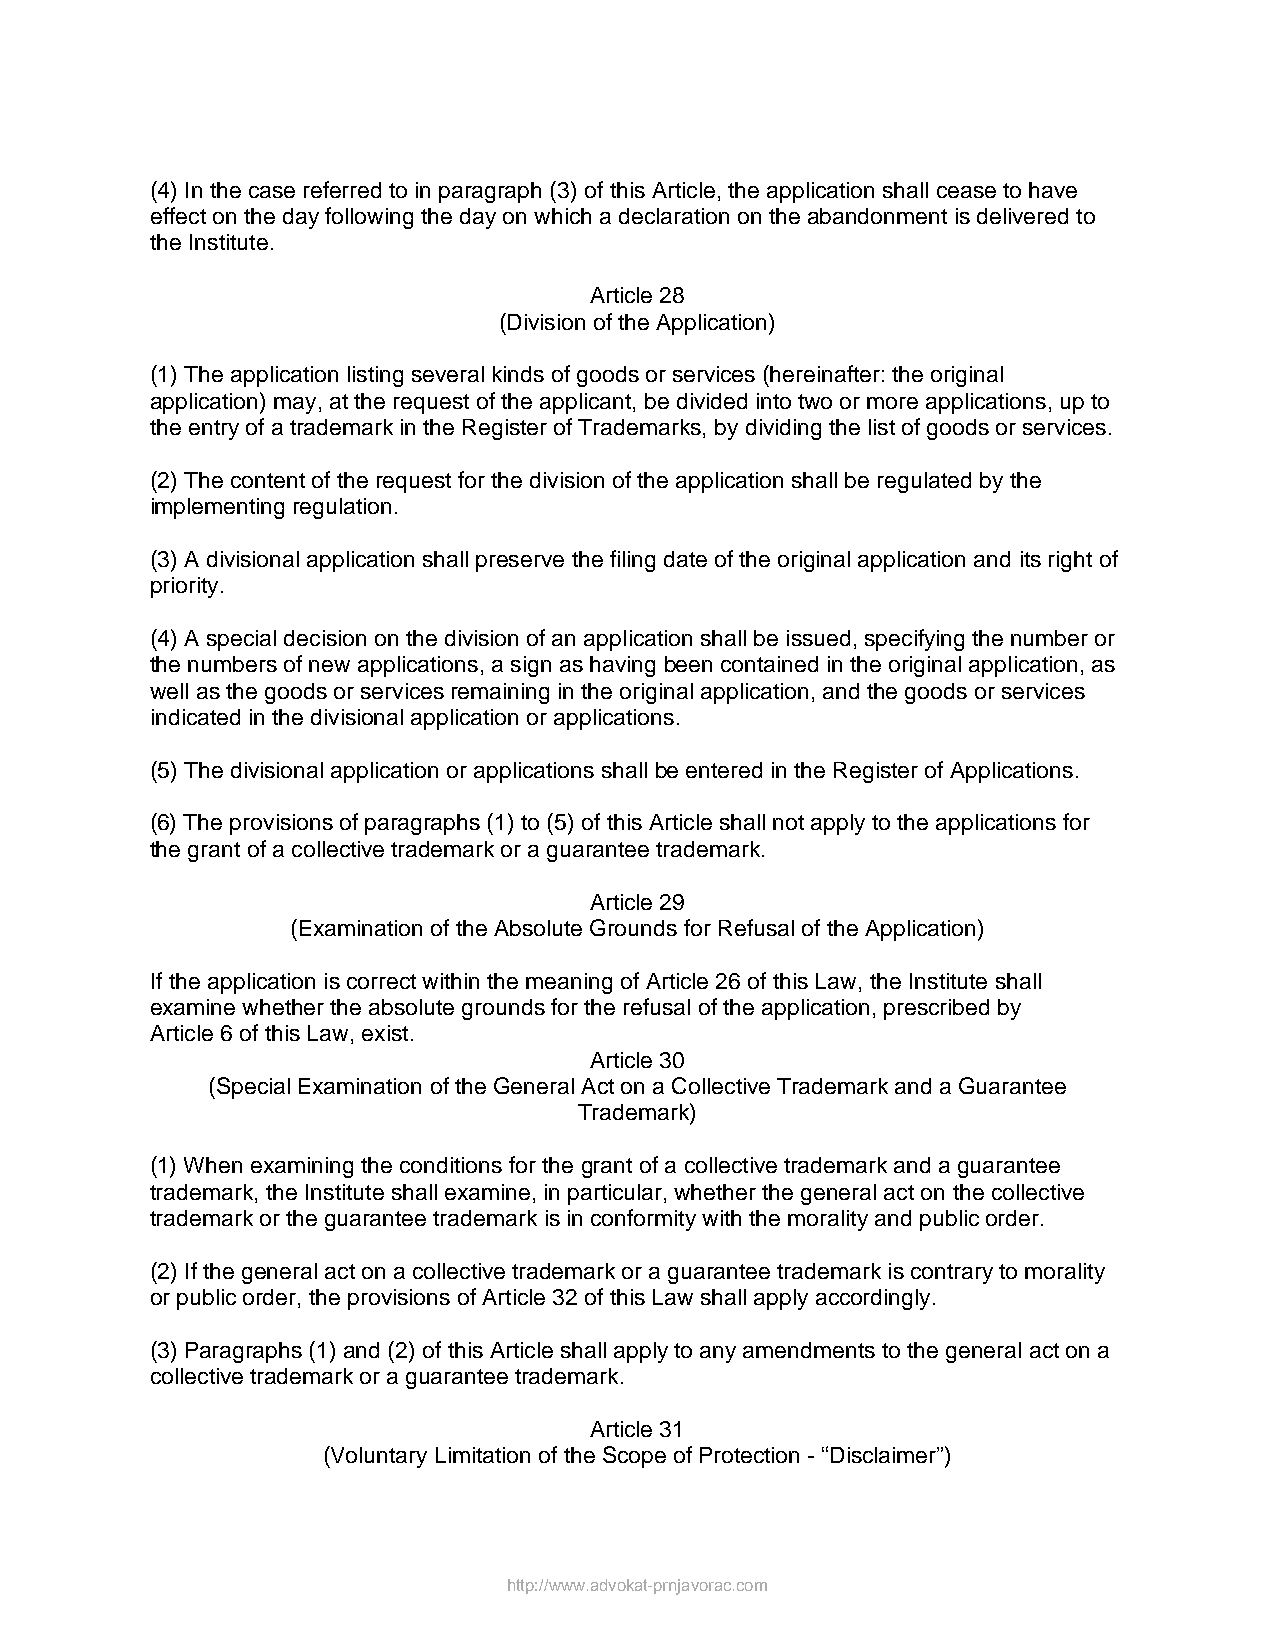
(4) In the case referred to in paragraph (3) of this Article, the application shall cease to have
 effect on the day following the day on which a declaration on the abandonment is delivered to
 the Institute.
 Article 28
 (Division of the Application)
 (1) The application listing several kinds of goods or services (hereinafter: the original
 application) may, at the request of the applicant, be divided into two or more applications, up to
 the entry of a trademark in the Register of Trademarks, by dividing the list of goods or services.
 (2) The content of the request for the division of the application shall be regulated by the
 implementing regulation.
 (3) A divisional application shall preserve the filing date of the original application and its right of
 priority.
 (4) A special decision on the division of an application shall be issued, specifying the number or
 the numbers of new applications, a sign as having been contained in the original application, as
 well as the goods or services remaining in the original application, and the goods or services
 indicated in the divisional application or applications.
 (5) The divisional application or applications shall be entered in the Register of Applications.
 (6) The provisions of paragraphs (1) to (5) of this Article shall not apply to the applications for
 the grant of a collective trademark or a guarantee trademark.
 Article 29
 (Examination of the Absolute Grounds for Refusal of the Application)
 If the application is correct within the meaning of Article 26 of this Law, the Institute shall
 examine whether the absolute grounds for the refusal of the application, prescribed by
 Article 6 of this Law, exist.
 Article 30
 (Special Examination of the General Act on a Collective Trademark and a Guarantee
 Trademark)
 (1) When examining the conditions for the grant of a collective trademark and a guarantee
 trademark, the Institute shall examine, in particular, whether the general act on the collective
 trademark or the guarantee trademark is in conformity with the morality and public order.
 (2) If the general act on a collective trademark or a guarantee trademark is contrary to morality
 or public order, the provisions of Article 32 of this Law shall apply accordingly.
 (3) Paragraphs (1) and (2) of this Article shall apply to any amendments to the general act on a
 collective trademark or a guarantee trademark.
 Article 31
 (Voluntary Limitation of the Scope of Protection - “Disclaimer”)
 http://www.advokat-prnjavorac.com